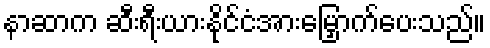
နာဆာက ဆီးရီးယားနိုင်ငံအားမြှောက်ပေးသည်။